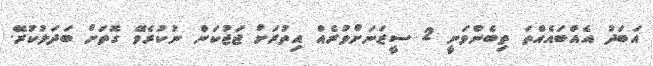
އަބަދު އެއްބައެއްތަ ތިބެންވަނީ 2 ސީޒަނަށްވުރެއް އިތުރަށް ޖަޖުކަން ނުކުރެވޭ ގޮތަށް ބަދަލުކުރޭ.